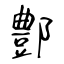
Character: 鄷